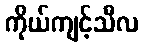
ကိုယ်ကျင့်သီလ